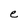
Character: e